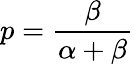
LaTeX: p={\frac{\beta}{\alpha+\beta}}